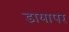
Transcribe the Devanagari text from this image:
डायापर